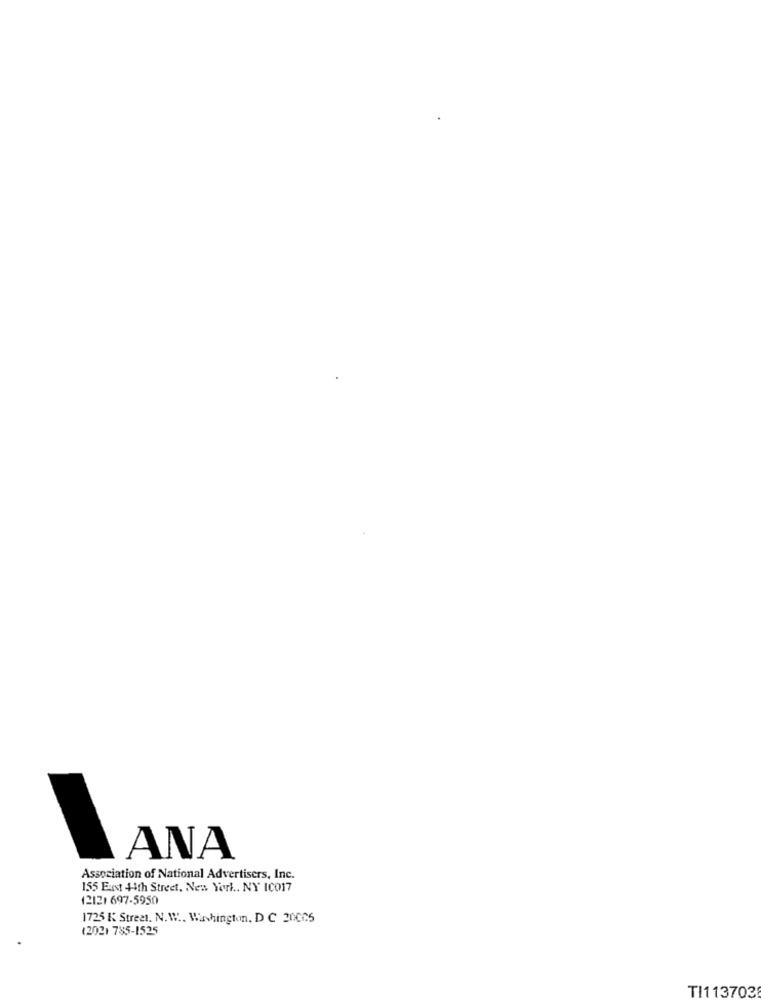
ANA
Association of National Advertisers, Inc.
155 Eust 44th Street, New York .. NY IC017
12121 697-5950
1725 K Street. N. W .. Washington, DC 20005
(2021 785-1525
TI1137038